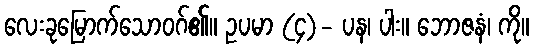
လေးခုမြောက်သောဝဂ်၏။ ဥပမာ (၄)- ပန၊ ပါး။ ဘောဇနံ၊ ကို။